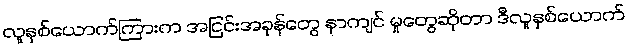
လူနှစ်ယောက်ကြားက အငြင်းအခုန်တွေ နာကျင် မှုတွေဆိုတာ ဒီလူနှစ်ယောက်